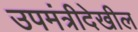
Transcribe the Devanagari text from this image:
उपमंत्रीदेखील